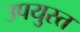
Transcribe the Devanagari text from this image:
उपयुस्त